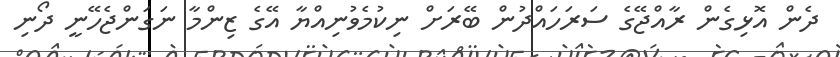
ދެން އޮޅިގެން ރާއްޖޭގެ ސަަރަހައްދުން ބޭރަށް ނިކުމެވުނިއްޔާ އޭގެ ޒިންމާ ނަގަންޖެހޭނީ ދޯނި